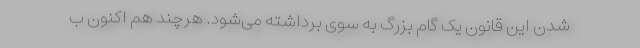
شدن این قانون یک گام بزرگ به سوی برداشته می‌شود. هرچند هم اکنون ب